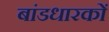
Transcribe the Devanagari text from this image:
बांडधारकों